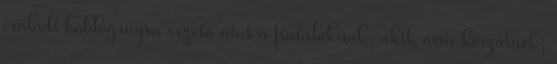
családi boldogságra vezető utat a fiataloknak, akik arra készülnek,